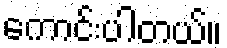
ကောင်းပါတယ်။